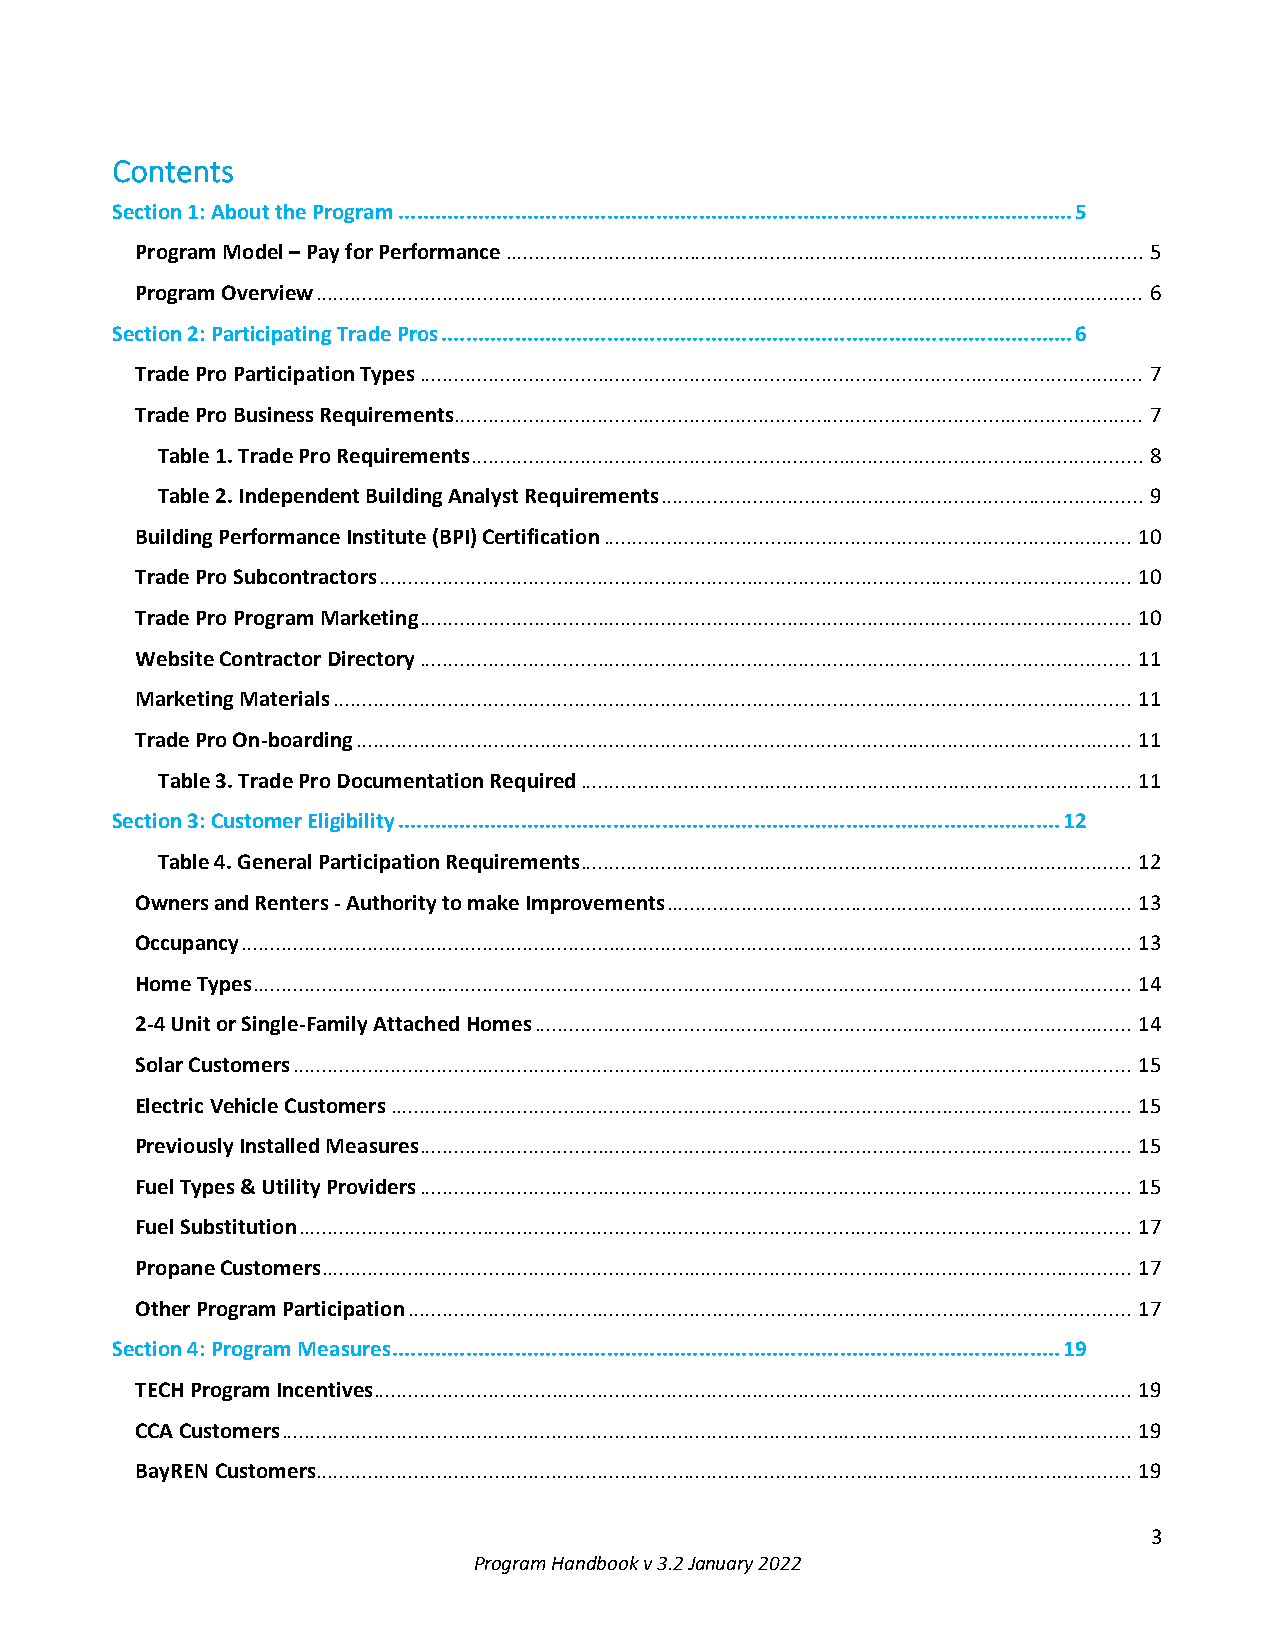
Contents
 Section 1: About the Program .............................................................................................................. 5
 Program Model – Pay for Performance ............................................................................................................... 5
 Program Overview ................................................................................................................................................ 6
 Section 2: Participating Trade Pros ....................................................................................................... 6
 Trade Pro Participation Types .............................................................................................................................. 7
 Trade Pro Business Requirements ........................................................................................................................ 7
 Table 1. Trade Pro Requirements ..................................................................................................................... 8
 Table 2. Independent Building Analyst Requirements .................................................................................... 9
 Building Performance Institute (BPI) Certification ............................................................................................ 10
 Trade Pro Subcontractors ................................................................................................................................... 10
 Trade Pro Program Marketing ............................................................................................................................ 10
 Website Contractor Directory ............................................................................................................................ 11
 Marketing Materials ........................................................................................................................................... 11
 Trade Pro On-boarding ....................................................................................................................................... 11
 Table 3. Trade Pro Documentation Required ................................................................................................ 11
 Section 3: Customer Eligibility ............................................................................................................ 12
 Table 4. General Participation Requirements ................................................................................................ 12
 Owners and Renters - Authority to make Improvements ................................................................................. 13
 Occupancy ........................................................................................................................................................... 13
 Home Types ......................................................................................................................................................... 14
 2-4 Unit or Single-Family Attached Homes ........................................................................................................ 14
 Solar Customers .................................................................................................................................................. 15
 Electric Vehicle Customers ................................................................................................................................. 15
 Previously Installed Measures ............................................................................................................................ 15
 Fuel Types & Utility Providers ............................................................................................................................ 15
 Fuel Substitution ................................................................................................................................................. 17
 Propane Customers ............................................................................................................................................. 17
 Other Program Participation .............................................................................................................................. 17
 Section 4: Program Measures ............................................................................................................. 19
 TECH Program Incentives .................................................................................................................................... 19
 CCA Customers .................................................................................................................................................... 19
 BayREN Customers .............................................................................................................................................. 19
 3
 Program Handbook v 3.2 January 2022